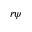
r \psi